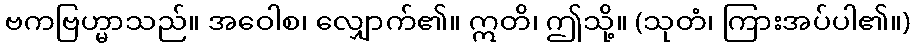
ဗကဗြဟ္မာသည်။ အဝေါစ၊ လျှောက်၏။ ဣတိ၊ ဤသို့။ (သုတံ၊ ကြားအပ်ပါ၏။)